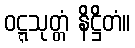
ဝဋ္ဋသုတ္တံ နိဋ္ဌိတံ။